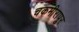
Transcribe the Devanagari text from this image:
चकमीरापुर